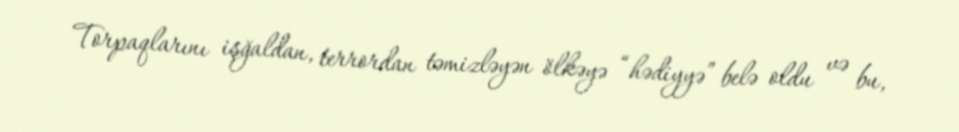
Torpaqlarını işğaldan, terrordan təmizləyən ölkəyə “hədiyyə” belə oldu və bu,